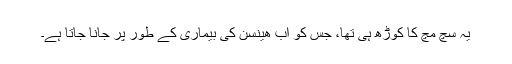
یہ سچ مچ کا کوڑھ ہی تھا، جس کو اب ھینسن کی بیماری کے طور پر جانا جاتا ہے۔